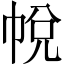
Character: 帨